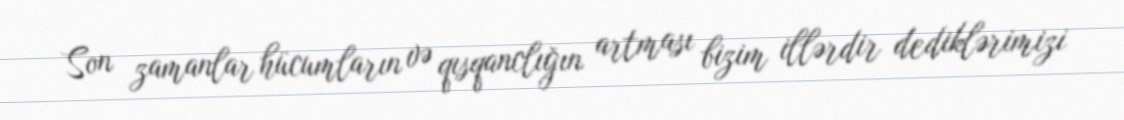
Son zamanlar hücumların və qısqanclığın artması bizim illərdir dediklərimizi